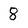
Character: 8